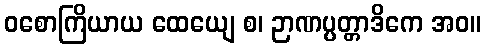
ဝစောကြိယာယ ထေယျေ စ၊ ဉာဏပ္ပတ္တာဒိကေ အဝ။